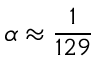
\alpha \approx { \frac { 1 } { 1 2 9 } }